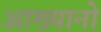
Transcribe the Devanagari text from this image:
आख्यानो